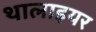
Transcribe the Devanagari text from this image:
थालाइयर